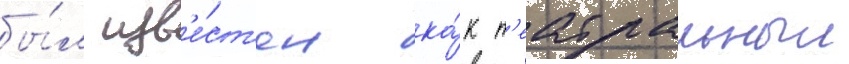
бы́л изв'е́ст'ен ка́к т'еатральныи